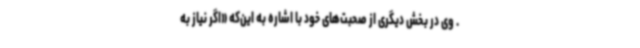
. وی در بخش دیگری از صحبت‌های خود با اشاره به این‌که «اگر نیاز به